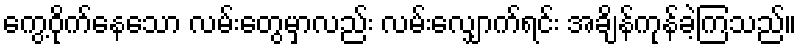
ကွေ့ဝိုက်နေသော လမ်းတွေမှာလည်း လမ်းလျှောက်ရင်း အချိန်ကုန်ခဲ့ကြသည်။